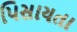
પિસાયતા